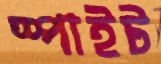
স্পাইট